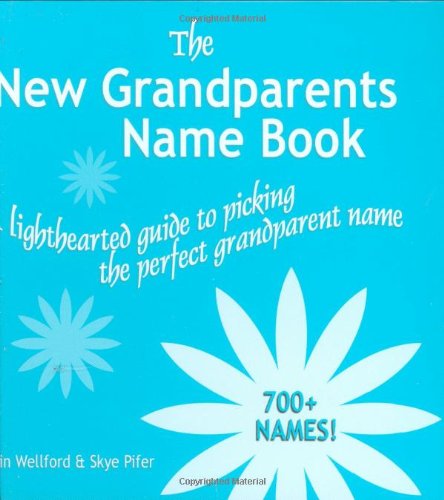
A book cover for The New Grandparents Name Book; Lin Wellford; Parenting & Relationships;